system: You are a helpful assistant.
user:
Analyze the provided spectrum to determine if it is a **"Cataclysmic Variables (CV)"**.

- **Key Indicators for CV (Check for either state):**
    - **State 1: Quiescent / Low-State (Emission-Dominated)**
        - **(Primary):** Strong and *very broad* Hydrogen Balmer emission lines (e.g., $H\alpha$ at 6563 Å, $H\beta$ at 4861 Å). The 'broadness' (high velocity dispersion, often FWHM > 1000 km/s) is the key diagnostic, indicating a high-velocity accretion disk.
        - **(Secondary):** Broad neutral Helium (He I) emission lines (e.g., 5876 Å, 6678 Å).
        - **(Key Confirmation):** Presence of high-excitation *ionized* Helium (He II) emission at 4686 Å. This is a strong indicator of accretion onto a white dwarf.
        - **(Line Profile):** Emission lines may exhibit a 'double-peaked' profile, which is a classic signature of a rotating accretion disk viewed at high inclination.

    - **State 2: Outburst / High-State (Absorption-Dominated)**
        - **(Primary):** Spectrum is dominated by a bright, blue continuum (looks like a hot star).
        - **(Secondary):** The emission lines from State 1 are weak, absent, or 'filled in', and are replaced by broad, shallow *absorption* lines (primarily Balmer and He I).
        - **(Morphology):** The overall spectrum mimics a hot B/A-type star. The crucial difference is that the absorption lines are significantly broader, shallower, and more 'washed-out' (or 'smeared') than the sharp lines of a normal stellar photosphere, due to high rotational speeds and pressure broadening in the disk.

Think first, call **spectral_visualization_tool** if needed to examine features in detail, then provide your final answer. Your response must adhere to the following strict rules:
1.  **Overall Structure:** Your response must follow the format `<think>...</think> <tool_call>...</tool_call> (if a tool is used) <answer>...</answer>`.
2.  **Tool Usage Constraint:** You may only make **one** tool call per turn.
3.  **Final Answer Format:** In the `<answer>` tag, your conclusion must be inside a `\boxed{}` command (e.g., `\boxed{YES}`), followed by your justification.

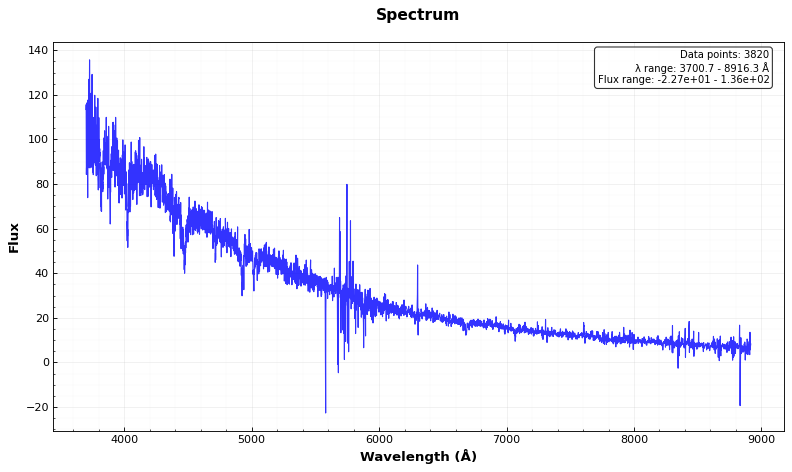
Answer: NO